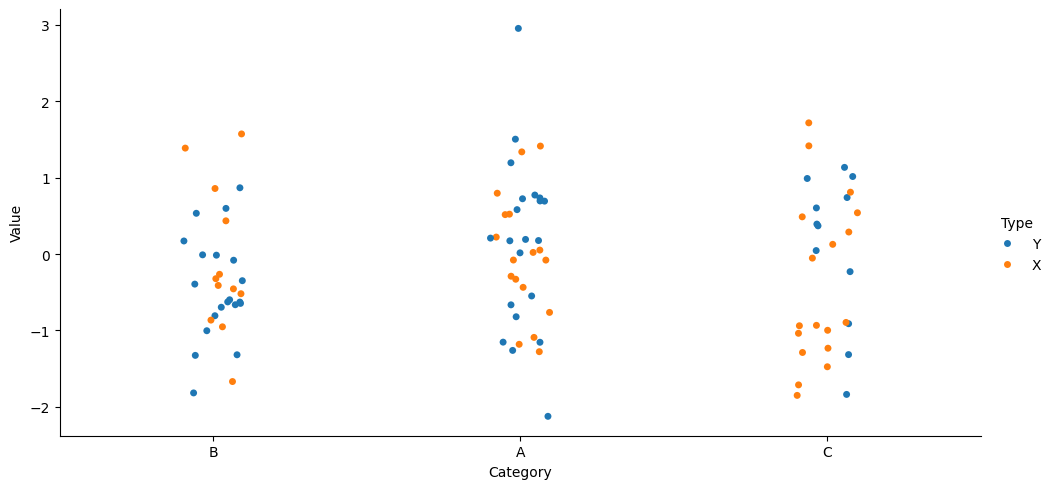
python, seaborn, catplot, kind='strip', height=5, aspect=2